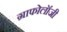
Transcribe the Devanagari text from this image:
ग्राफोलॉजी